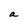
Character: a